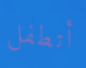
أتطفل